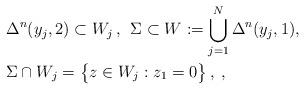
LaTeX: \begin{align*}&\Delta^n(y_j,2)\subset W_j\,,\,\;\Sigma\subset W:=\bigcup_{j=1}^{N}\Delta^n(y_j,1),\\&\Sigma\cap W_j=\big\{z\in W_j:z_1=0\big\}\,,\:,\end{align*}